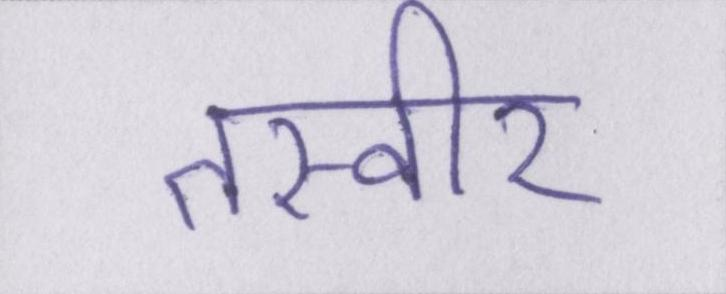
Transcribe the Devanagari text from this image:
तस्वीर